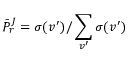
{ \bar { P } } _ { r } ^ { J } = \sigma ( v ^ { \prime } ) / \sum _ { v ^ { \prime } } \sigma ( v ^ { \prime } )